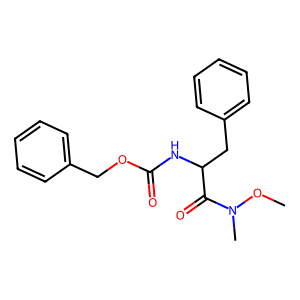
SMILES: CON(C)C(=O)C(Cc1ccccc1)NC(=O)OCc1ccccc1
Inhibits HIV replication: No